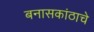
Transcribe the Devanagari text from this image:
बनासकांठाचे